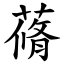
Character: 蓨